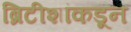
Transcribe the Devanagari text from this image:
ब्रिटीशांकडून